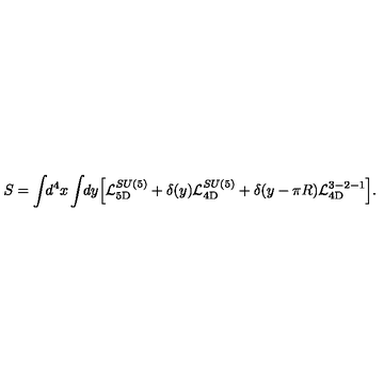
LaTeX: S = \int \! \! d ^ { 4 } x \int \! \! d y \Bigl [ { \cal L } _ { \mathrm { 5 D } } ^ { S U ( 5 ) } + \delta ( y ) { \cal L } _ { \mathrm { 4 D } } ^ { S U ( 5 ) } + \delta ( y - \pi R ) { \cal L } _ { \mathrm { 4 D } } ^ { 3 - 2 - 1 } \Bigr ] .